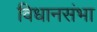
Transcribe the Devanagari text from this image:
विधानसंभा